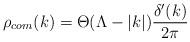
LaTeX: \begin{align*}\rho _{com}(k)=\Theta (\Lambda -|k|)\frac{\delta '(k)}{2\pi }\end{align*}